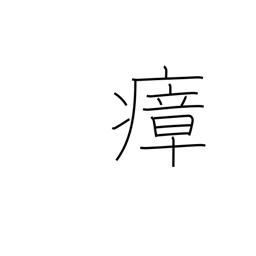
Meaning: miasma